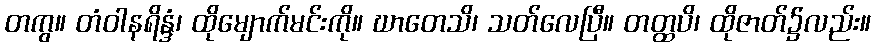
တကွ။ တံဝါနရိန္ဒံ၊ ထိုမျောက်မင်းကို။ ဃာတေသိ၊ သတ်လေပြီ။ တတ္ထပိ၊ ထိုဇာတ်၌လည်း။